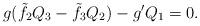
LaTeX: \begin{align*}g(\tilde f_2Q_3 - \tilde f_3Q_2) - g'Q_1=0.\end{align*}